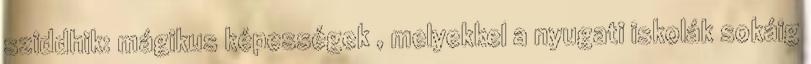
sziddhik: mágikus képességek , melyekkel a nyugati iskolák sokáig